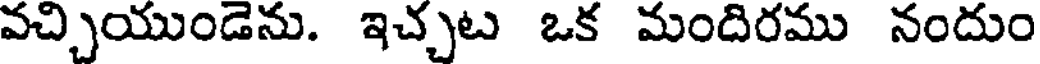
వచ్చియుండెను. ఇచ్చట ఒక మందిరము నందుం